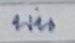
บน